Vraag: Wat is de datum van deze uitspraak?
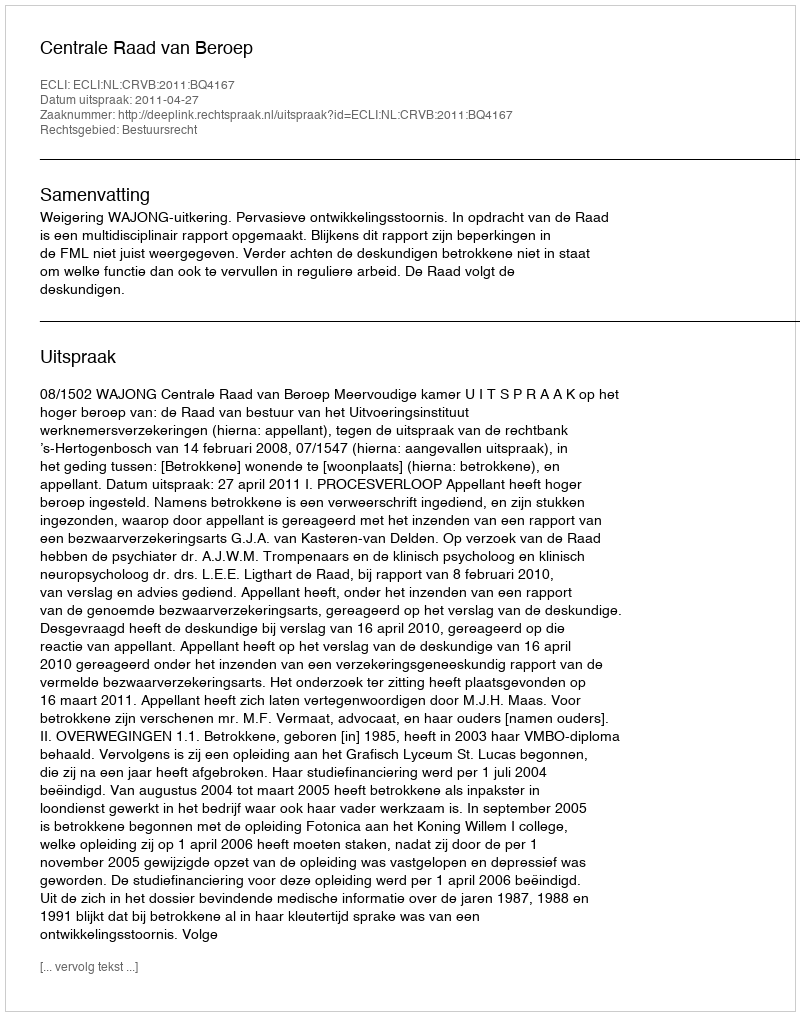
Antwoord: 2011-04-27